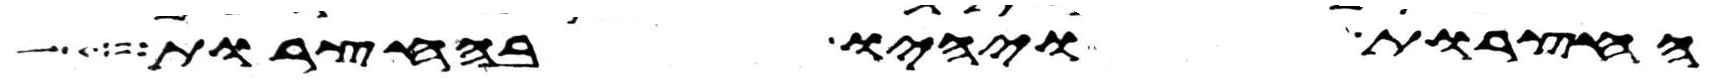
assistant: החצרות ויהיו בחצרות